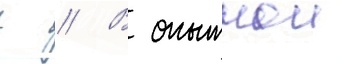
г // В опытнои